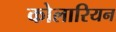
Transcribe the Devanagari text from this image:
कोलारियन